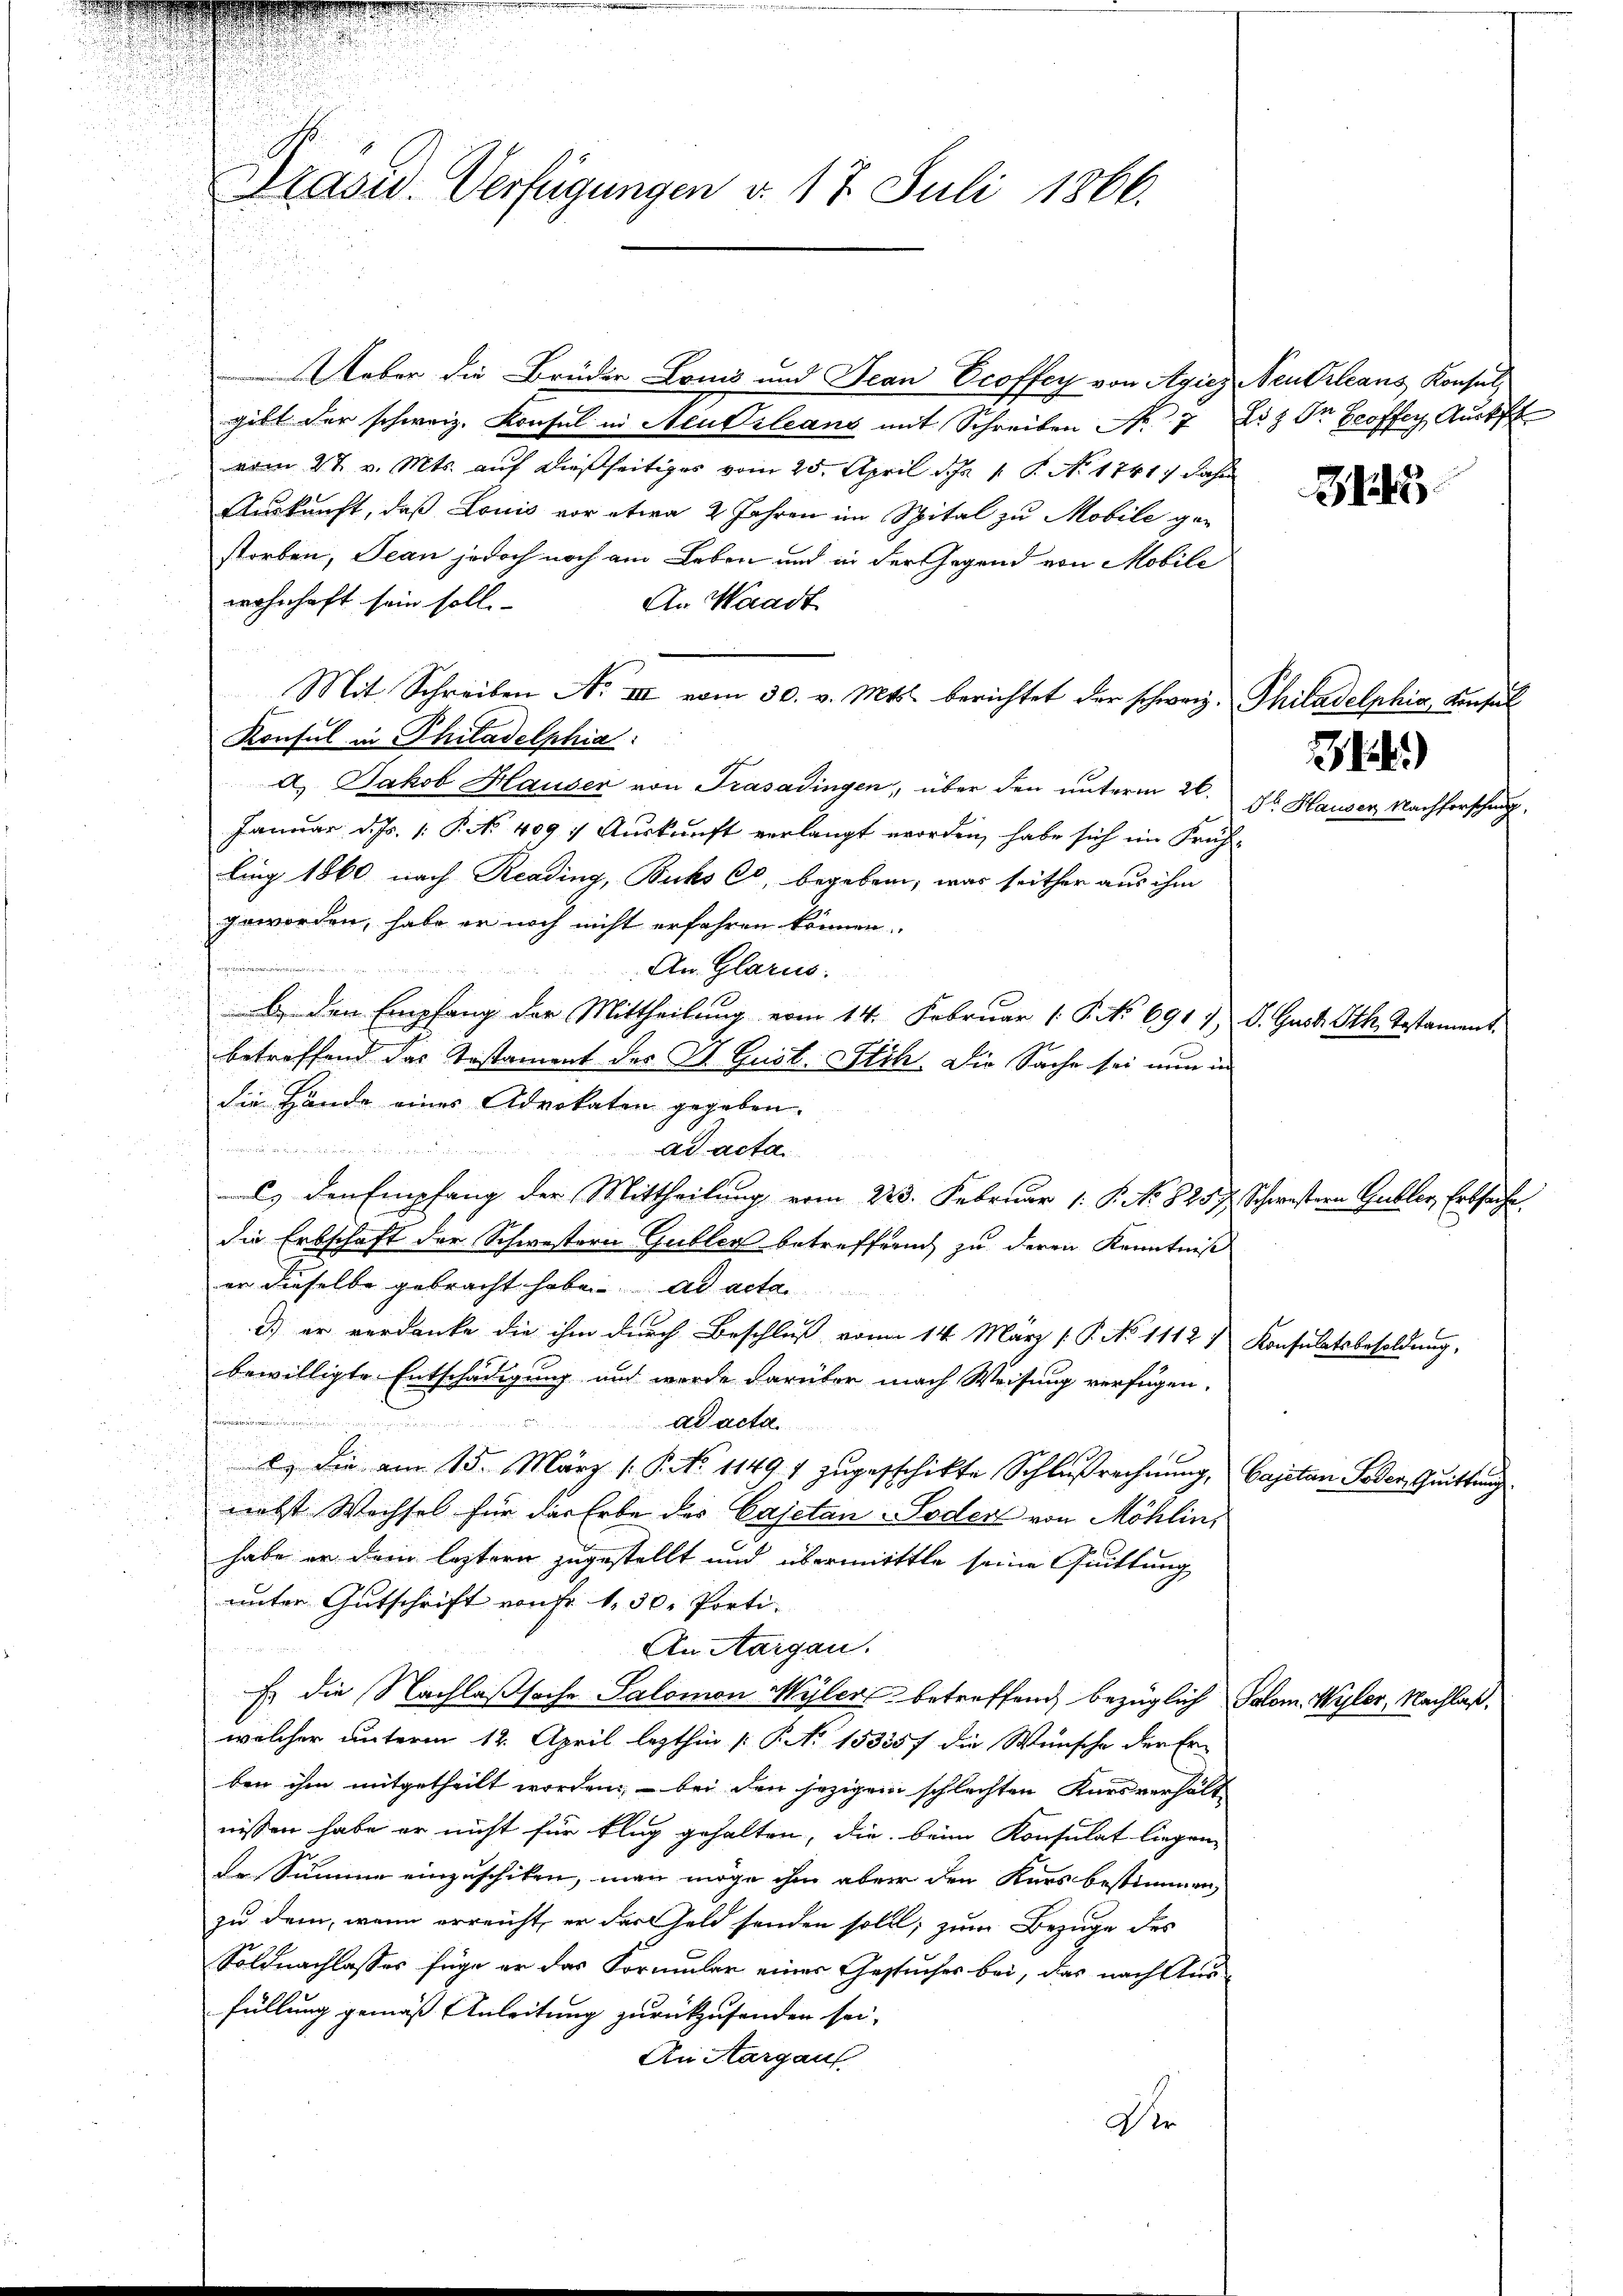
2
.

Präsid.. Verfügungen v. 17. Juli 1866.

Ueber die Brüder Louis und Jean Ecoffer von Agiez Neu Orleans Konsulgibt der schweiz. Konsul in Neukrleans mit Schreiben No 7 Liz In Groffer Ausk
vom 27. v. Mts. auf dießseitiges vom 25. April d. J. 1. P. No. 1741) dahi
Auskunft, daß Louis vor etwa 2 Jahren im Spital zu Mobile gestorben, Jean jedoch noch am Leben und in der Gegend von Mobile
wohnhaft sein soll.
An Waadt
Mit Schreiben No III vom 30. v. Mts. berichtet der schweiz. Philadelphia, Konsul
Konsul in Philadelphia
A. Jakob Hauser von Trasadingen, über den unterm 26.
Januar d. Js. [ P. No. 409. Auskunft verlangt worden, habe sich im Früh-
ling 1860 nach Reading, Buchs C, begeben, was seither aus ihm
geworden, habe er noch nicht erfahren können.
An Glarus.
b. den Empfang der Mittheilung vom 14. Februar 1 S. No 691 1 S. Gust. Stk. Testan
betreffend das Testament des Dr. Gust. Stich. Die Sache sei nun in
die Hände eines Advokaten gegeben.
   in den eine
ad acta
) den Empfang der Mittheilung vom 223. Februar 1. P. No. 8257. Schwestern Gubler, Erbsache.
die Erbschaft der Schwestern Gublen betreffend zu deren Kenntniß
er dieselbe gebracht habe. ad actan
) er verdanke die ihm durch Beschluß von 14. März [P. No 1112) Konsulatsbesoldung,
bewilligte Entschädigung und wurde darüber nach Weisung verfügen.
Adacta
b. die am 15. März 1. P. No 1149. 1 zŭgesschikte Schlußrechnung, Cajetan Foder Quittung.
nebst Wechsel für das Erbe des Cajetan-Soder von Möhlin,
habe er dem leztern zugestellt und übermittle seine Quittung
unter Gutschrift von Fr. 1, 30. Porti
An Aargau.
Es die Nachlaßsache Salomon Wylers betreffend bezüglich Salom. Wyler, Nachlaß,
welcher unterm 12. April lezthin (: No 15335 f die Wünsche der Erben ihm mitgetheilt worden, – bei den jezigen schlechten Kursverhält
nissen habe er nicht für klug gehalten, die beim Konsulat liegen,
de Summe einzuschiken, man möge ihm aber den Kurs bestimmen,
zu dem, wenn erreicht, er das Geld senden soll; zum Bezuge des
Soldnachlasses füge er das Formular einer Gesuches bei, das nach Ausfüllung gemäß Anleitung zurückzusenden sei,
An Aargauf
Der

3)
Dr. Hauser Nachforschung,

2143